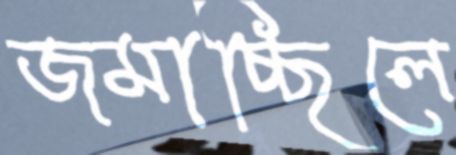
জমাচ্ছিলে